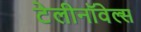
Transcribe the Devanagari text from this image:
टेलीनॉवेल्स